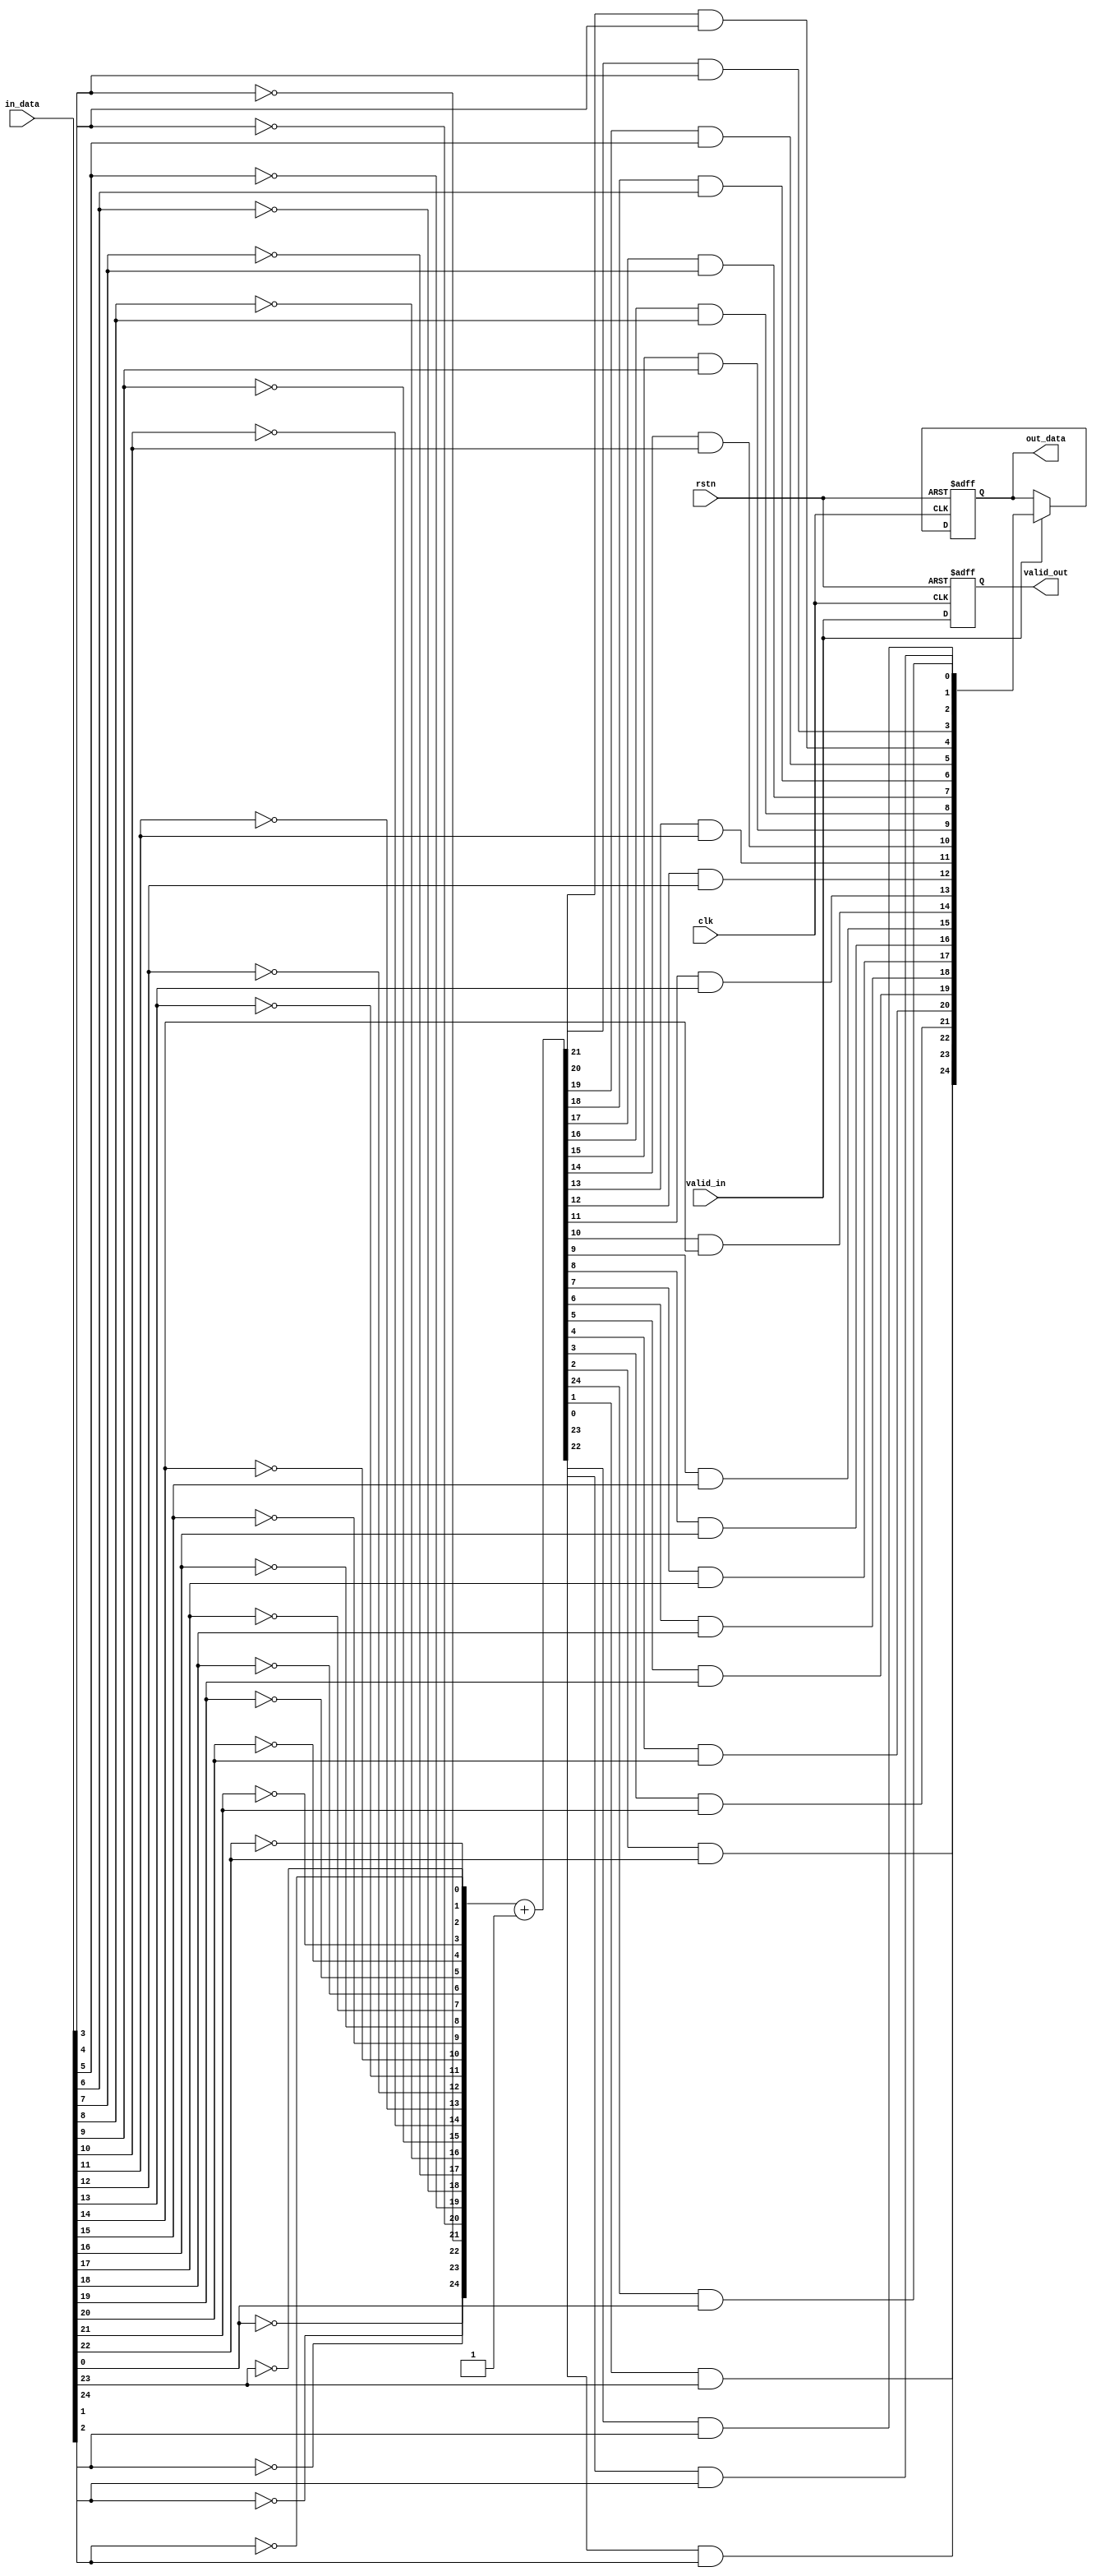
`timescale 1ns / 1ps
//////////////////////////////////////////////////////////////////////////////////
// Company: 
// Engineer: 
// 
// Design Name: 
// Module Name: leading_one_detector
// Project Name: 
// Target Devices: 
// Tool Versions: 
// Description: 
// 
// Dependencies: 
// 
// Revision:
// Revision 0.01 - File Created
// Additional Comments:
// 
//////////////////////////////////////////////////////////////////////////////////


module leading_one_detector // 1 CLOCK
#(
    parameter DATA_WIDTH    =   25
)
(
    input                           clk, rstn, valid_in,
    input       [DATA_WIDTH-1:0]    in_data,      
//    input                       valid_in_init,
//    input       [DATA_WIDTH-1:0]  in_data_init,  
    output  reg                     valid_out,
    output  reg [DATA_WIDTH-1:0]    out_data    
);    
    
//    reg         [DATA_WIDTH-1:0]  in_data;
//    reg                         valid_in;

//    always @ (posedge clk or negedge rstn) begin
//        if (!rstn) begin
//            in_data     <=  'b0;
//            valid_in    <=  'b0;
//        end
//        else begin
//            valid_in    <=  valid_in_init;
//            in_data     <=  in_data_init;
//        end
//    end
    
    wire    [DATA_WIDTH-1:0]  reverse_in;
    wire    [DATA_WIDTH-1:0]  complement_two;
    wire    [DATA_WIDTH-1:0]  temp_out_data;
    
    genvar i;
    generate
        for (i=0; i<DATA_WIDTH; i=i+1) begin: GEN_INPUT
            assign  reverse_in[DATA_WIDTH-i-1]  =   ~in_data[i];
            assign  temp_out_data[i]            =   complement_two[DATA_WIDTH-i-1] & in_data[i];
        end
        assign  complement_two                  =   reverse_in + 1'b1;
    endgenerate
    
    always @ (posedge clk or negedge rstn) begin
        if (!rstn) begin
            out_data    <=  'b0;
            valid_out   <=  'b0;
        end
        else begin
            valid_out   <=  valid_in;
            if (valid_in)
                out_data    <=  temp_out_data;
            else
                out_data    <=  out_data;                
        end
    end
    /*
    https://www.edaboard.com/threads/solutions-for-leading-one-detector.201958/
    
    Example 1:
    000011110000 -- input
    111100001111 -- invert
    111100010000 -- add 1
    000000010000 -- xnor with input.
    
    Example 2:
    1010101011 -- input
    0101010100 -- invert
    0101010101 -- add 1
    0000000001 -- xnor with input
    */
endmodule